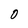
Character: 0